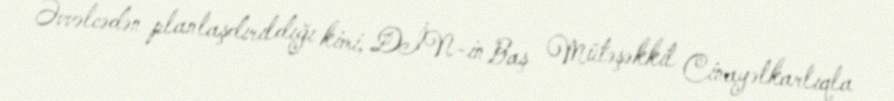
Əvvəlcədən planlaşdırıldığı kimi, DİN-in Baş Mütəşəkkil Cinayətkarlıqla